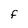
Character: F